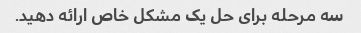
سه مرحله برای حل یک مشکل خاص ارائه دهید.